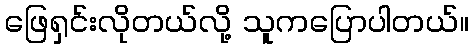
ဖြေရှင်းလိုတယ်လို့ သူကပြောပါတယ်။